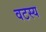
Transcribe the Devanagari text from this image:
वटस्य